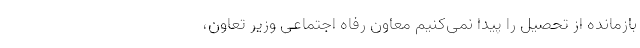
بازمانده از تحصیل را پیدا نمی‌کنیم معاون رفاه اجتماعی وزیر تعاون،